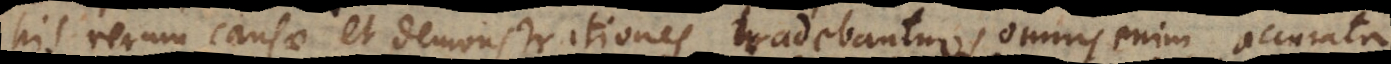
his rerum causae et demonstrationes tradebantur, omnis enim accurata